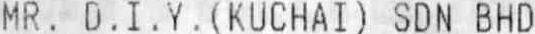
MR. D.I.Y. (KUCHAI) SDN BHD